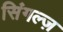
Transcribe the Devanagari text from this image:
सिंगल्ज़